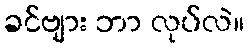
ခင်ဗျား ဘာ လုပ်လဲ။